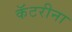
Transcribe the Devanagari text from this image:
कॅटरीना